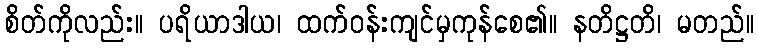
စိတ်ကိုလည်း။ ပရိယာဒါယ၊ ထက်ဝန်းကျင်မှကုန်စေ၏။ နတိဋ္ဌတိ၊ မတည်။